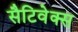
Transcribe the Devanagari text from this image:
सैटिवेक्स